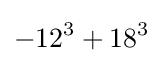
-12^{3}+18^{3}